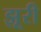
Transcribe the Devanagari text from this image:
झूरी